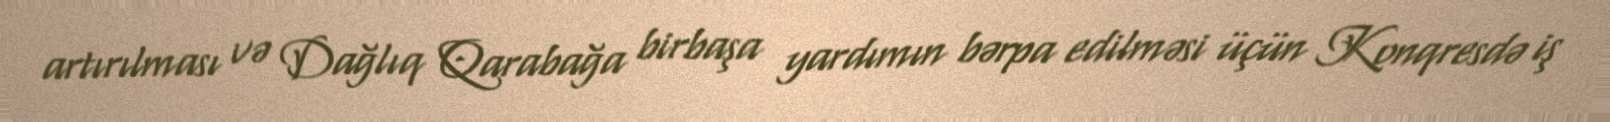
artırılması və Dağlıq Qarabağa birbaşa yardımın bərpa edilməsi üçün Konqresdə iş